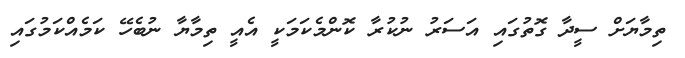
ތިމާޔަށް ސީދާ ގޮތުގައި އަސަރު ނުކުރާ ކޮންމެކަމަކީ އެއީ ތިމާޔާ ނުބެހޭ ކަމެއްކަމުގައި